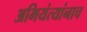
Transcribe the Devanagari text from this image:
अभियंत्यांनाच